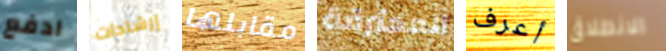
ادفع إرشادات مقابلها المحترقة أعرف الانطلاق